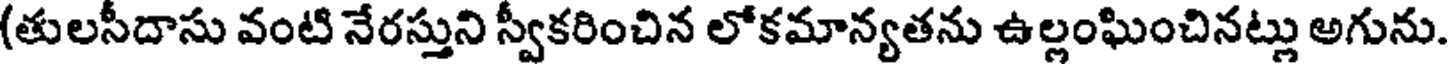
(తులసీదాసు వంటి నేరస్తుని స్వీకరించిన లోకమాన్యతను ఉల్లంఘించినట్లు అగును.